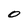
Character: O